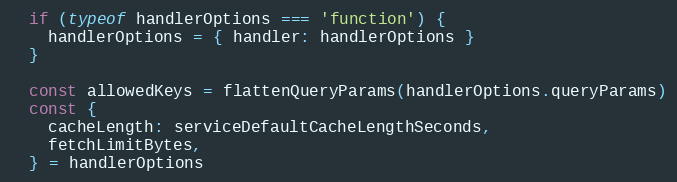
Language: JavaScript
  if (typeof handlerOptions === 'function') {
    handlerOptions = { handler: handlerOptions }
  }

  const allowedKeys = flattenQueryParams(handlerOptions.queryParams)
  const {
    cacheLength: serviceDefaultCacheLengthSeconds,
    fetchLimitBytes,
  } = handlerOptions